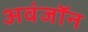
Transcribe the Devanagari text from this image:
अवंजॉन